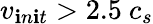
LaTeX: v_{\mathbf{i}n\mathbf{i}t}>2.5~c_{s}